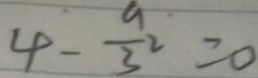
4 - \frac { 9 } { 3 } ^ { 2 } = 0